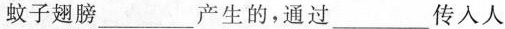
蚊子翅膀___产生的，通过___传入人